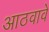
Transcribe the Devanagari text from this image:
आठवावे